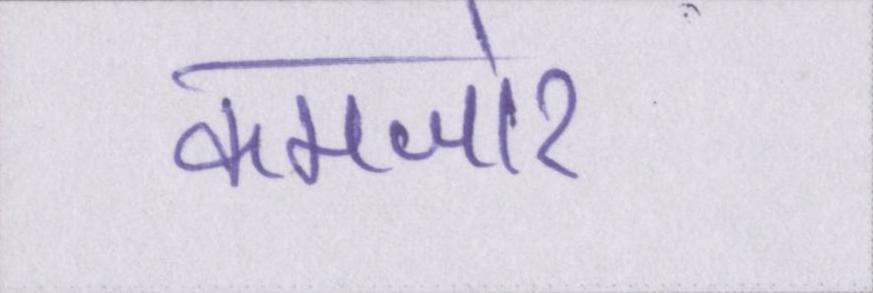
कमजोर